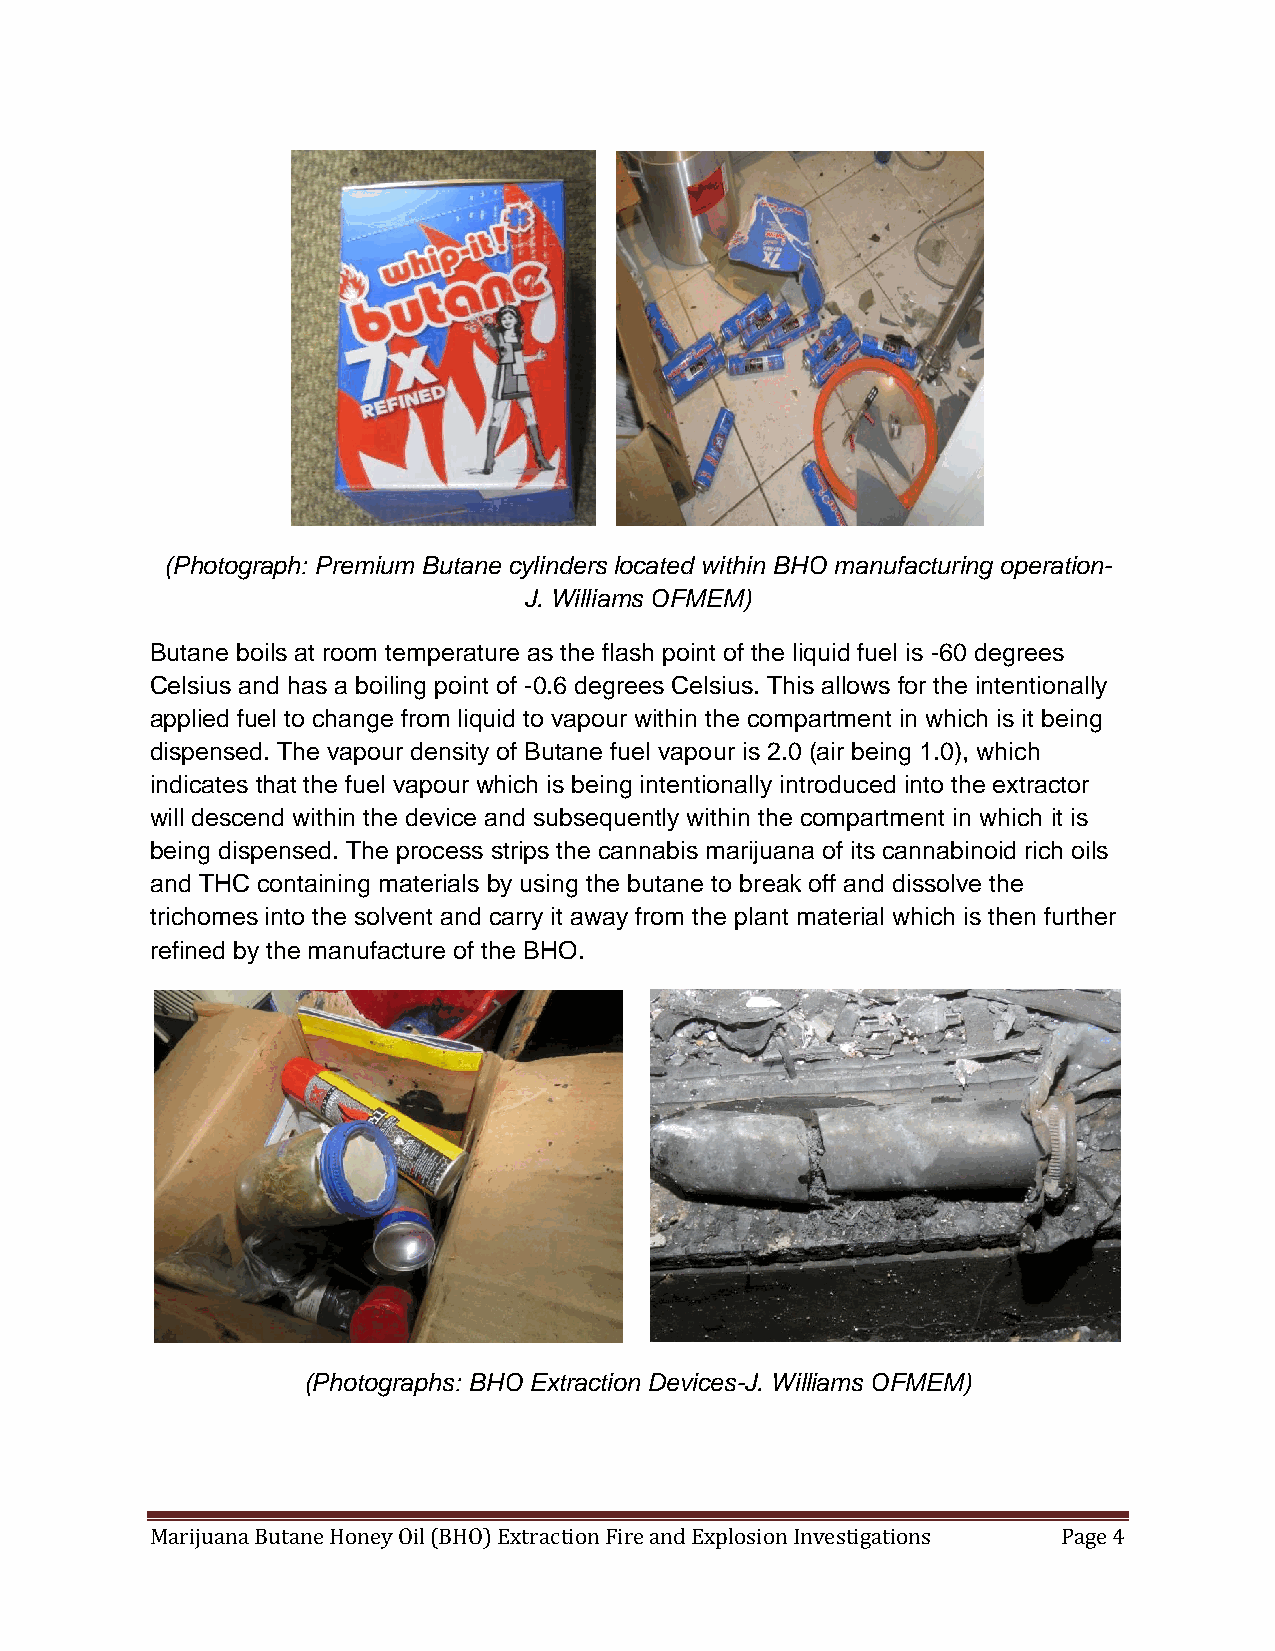
(Photograph: Premium Butane cylinders located within BHO manufacturing operation-
 J. Williams OFMEM)
 Butane boils at room temperature as the flash point of the liquid fuel is -60 degrees
 Celsius and has a boiling point of -0.6 degrees Celsius. This allows for the intentionally
 applied fuel to change from liquid to vapour within the compartment in which is it being
 dispensed. The vapour density of Butane fuel vapour is 2.0 (air being 1.0), which
 indicates that the fuel vapour which is being intentionally introduced into the extractor
 will descend within the device and subsequently within the compartment in which it is
 being dispensed. The process strips the cannabis marijuana of its cannabinoid rich oils
 and THC containing materials by using the butane to break off and dissolve the
 trichomes into the solvent and carry it away from the plant material which is then further
 refined by the manufacture of the BHO.
 (Photographs: BHO Extraction Devices-J. Williams OFMEM)
 Marijuana Butane Honey Oil (BHO) Extraction Fire and Explosion Investigations Page 4